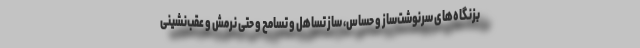
بزنگاه‌های سرنوشت‌ساز و حساس، ساز تساهل و تسامح و حتی نرمش و عقب‌نشینی